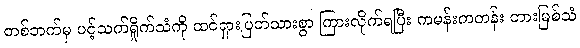
တစ်ဘက်မှ ပင့်သက်ရှိုက်သံကို ထင်ရှားပြတ်သားစွာ ကြားလိုက်ရပြီး ကမန်းကတန်း တားမြစ်သံ